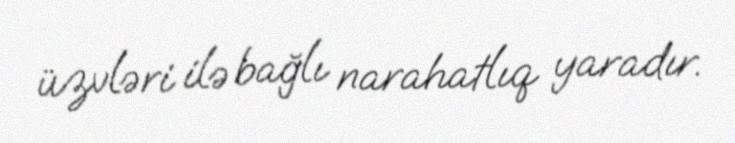
üzvləri ilə bağlı narahatlıq yaradır.